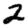
Digit: 2